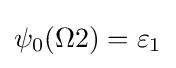
\psi _{0}(\Omega 2)=\varepsilon _{1}